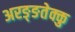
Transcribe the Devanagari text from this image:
अरङ्ङतेक्कु